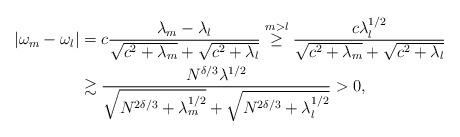
LaTeX: \begin{align*}|\omega_m-\omega_l| &= c \frac{\lambda_m-\lambda_l}{\sqrt{c^2+\lambda_m}+\sqrt{c^2+\lambda_l}} \stackrel{m>l}{\geq} \frac{c\lambda_l^{1/2}}{\sqrt{c^2+\lambda_m}+\sqrt{c^2+\lambda_l}} \\&\gtrsim \frac{N^{\delta/3} \lambda^{1/2}}{\sqrt{N^{2\delta/3}+\lambda_m^{1/2}}+\sqrt{N^{2\delta/3}+\lambda_l^{1/2}}} >0,\end{align*}